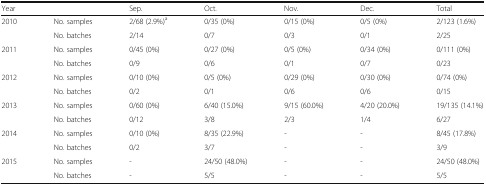
<table><thead><tr><td><b>Year</b></td><td></td><td><b>Sep.</b></td><td><b>Oct.</b></td><td><b>Nov.</b></td><td><b>Dec.</b></td><td><b>Total</b></td></tr></thead><tbody><tr><td>2010</td><td>No. samples</td><td>2/68 (2.9%)<sup>a</sup></td><td>0/35 (0%)</td><td>0/15 (0%)</td><td>0/5 (0%)</td><td>2/123 (1.6%)</td></tr><tr><td></td><td>No. batches</td><td>2/14</td><td>0/7</td><td>0/3</td><td>0/1</td><td>2/25</td></tr><tr><td>2011</td><td>No. samples</td><td>0/45 (0%)</td><td>0/27 (0%)</td><td>0/5 (0%)</td><td>0/34 (0%)</td><td>0/111 (0%)</td></tr><tr><td></td><td>No. batches</td><td>0/9</td><td>0/6</td><td>0/1</td><td>0/7</td><td>0/23</td></tr><tr><td>2012</td><td>No. samples</td><td>0/10 (0%)</td><td>0/5 (0%)</td><td>0/29 (0%)</td><td>0/30 (0%)</td><td>0/74 (0%)</td></tr><tr><td></td><td>No. batches</td><td>0/2</td><td>0/1</td><td>0/6</td><td>0/6</td><td>0/15</td></tr><tr><td>2013</td><td>No. samples</td><td>0/60 (0%)</td><td>6/40 (15.0%)</td><td>9/15 (60.0%)</td><td>4/20 (20.0%)</td><td>19/135 (14.1%)</td></tr><tr><td></td><td>No. batches</td><td>0/12</td><td>3/8</td><td>2/3</td><td>1/4</td><td>6/27</td></tr><tr><td>2014</td><td>No. samples</td><td>0/10 (0%)</td><td>8/35 (22.9%)</td><td>-</td><td>-</td><td>8/45 (17.8%)</td></tr><tr><td></td><td>No. batches</td><td>0/2</td><td>3/7</td><td>-</td><td>-</td><td>3/9</td></tr><tr><td>2015</td><td>No. samples</td><td>-</td><td>24/50 (48.0%)</td><td>-</td><td>-</td><td>24/50 (48.0%)</td></tr><tr><td></td><td>No. batches</td><td>-</td><td>5/5</td><td>-</td><td>-</td><td>5/5</td></tr></tbody></table>